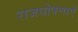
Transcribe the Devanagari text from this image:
राजघोषणाएँ